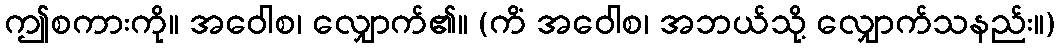
ဤစကားကို။ အဝေါစ၊ လျှောက်၏။ (ကိံ အဝေါစ၊ အဘယ်သို့ လျှောက်သနည်း။)